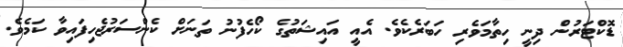
ޑޮކްޓަރުން ދިނީ ހިތާމަވެރި ހަބަރެކެވެ. އެއީ އައިޝަތުގެ ކޯހެފުނު ތަނަށް ކެންސަރުޖެހިފައިވާ ކަމެވެ.